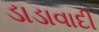
ડાડાવાદી